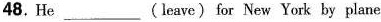
48.He ___(leave) for New York by plane